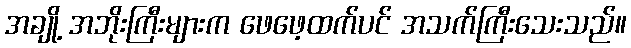
အချို့ အဘိုးကြီးများက ဖေဖေ့ထက်ပင် အသက်ကြီးသေးသည်။